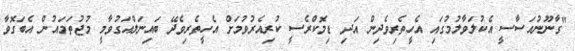
"ގާނޫނުއަސާސީ އެކުލަވާލުމުގައި އެހީތެރިވެދިން އަދި ޑިމޮކްރެސީ ކުރިއެރުވުމަށް އެހީތެރިވެދޭ ބައިނަލްއަގުވާމީ މުޖުތަމައުން އެބަގޮވާ